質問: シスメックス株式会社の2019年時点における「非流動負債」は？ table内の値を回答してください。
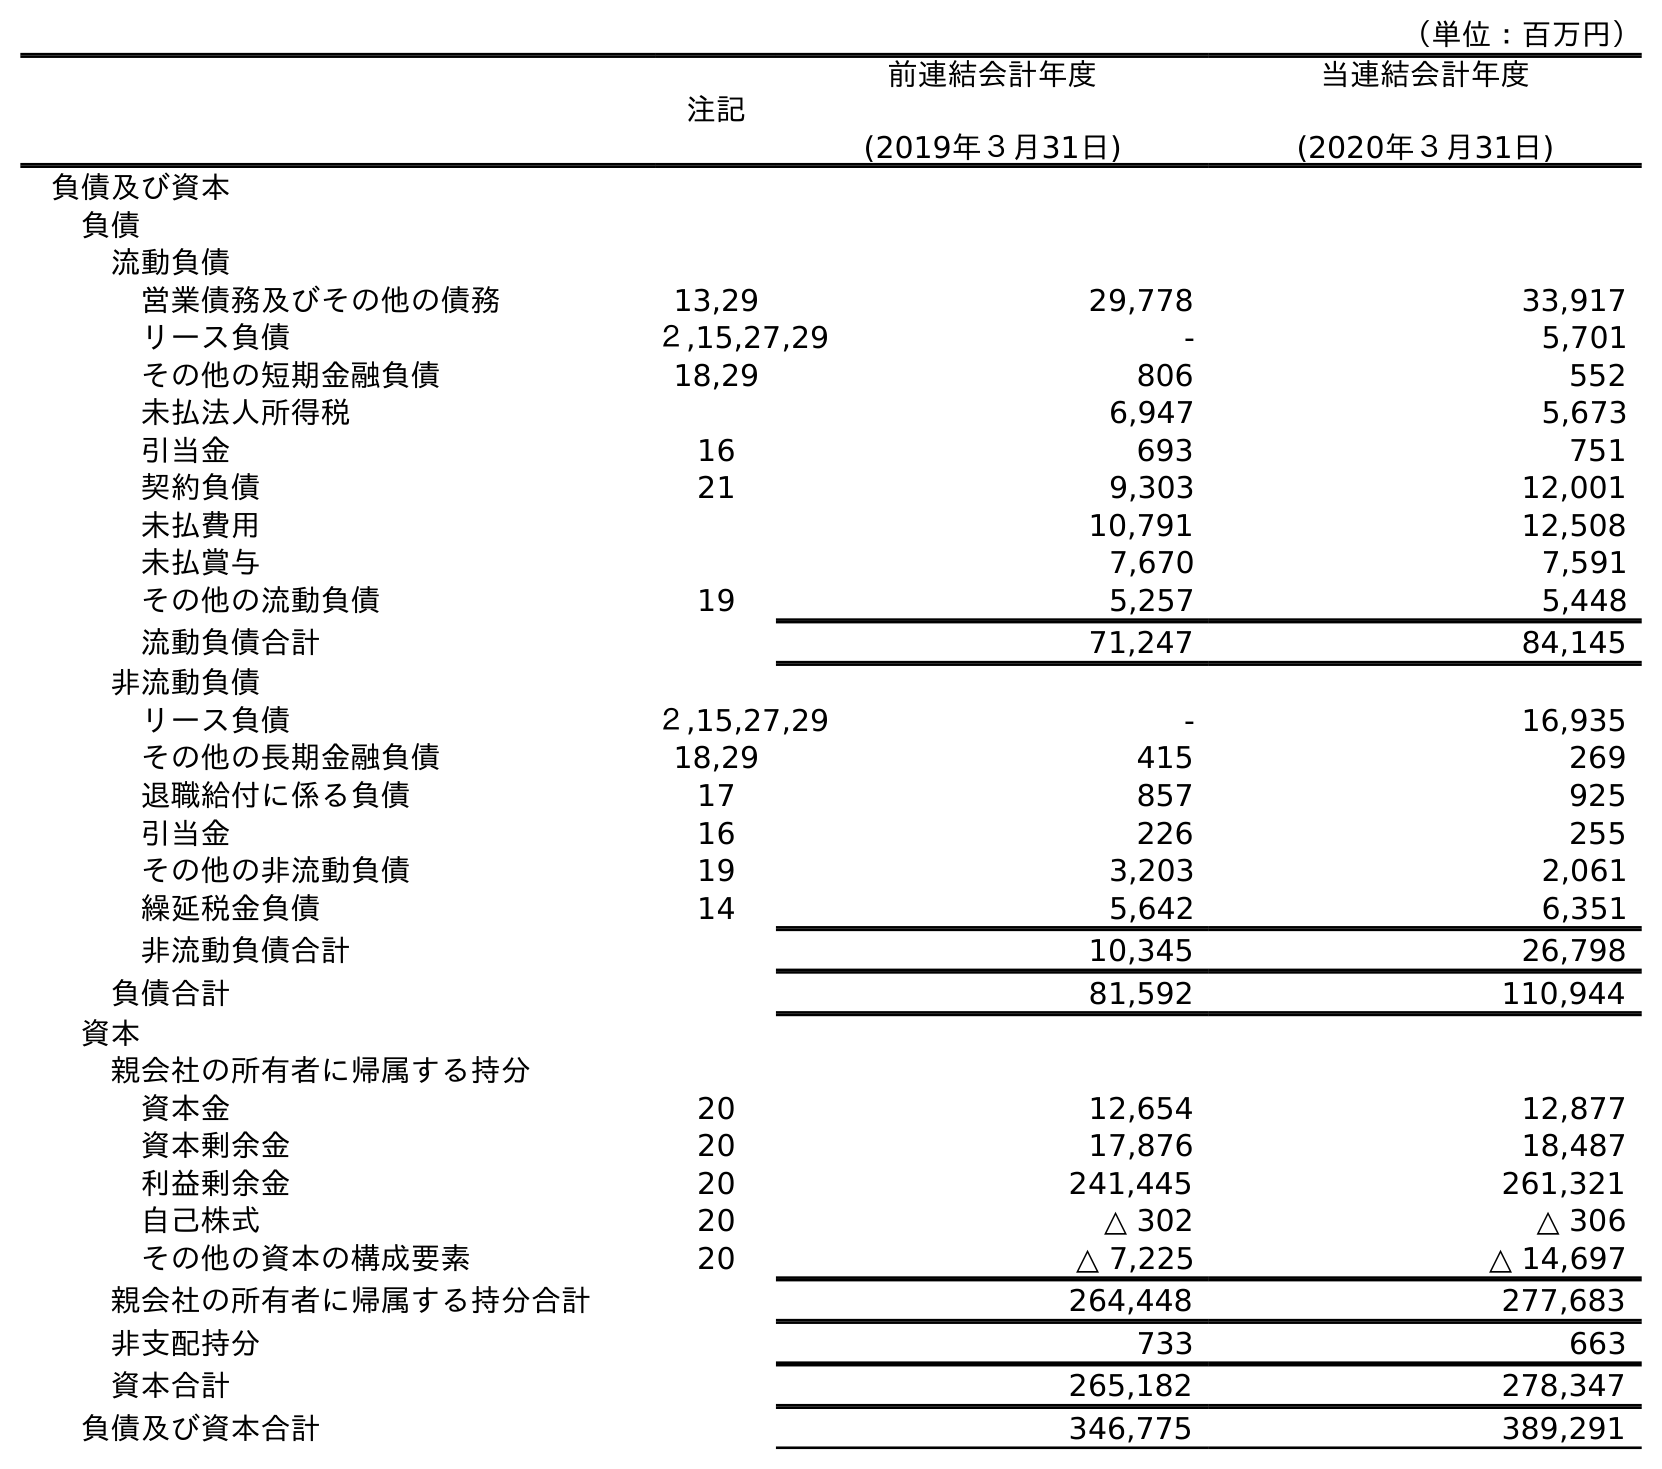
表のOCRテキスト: （単位：百万円） 注記 前連結会計年度 (2019年３月31日) 当連結会計年度 (2020年３月31日) 負債及び資本 負債 流動負債 営業債務及びその他の債務 13,29 29,778 33,917 リース負債 ２,15,27,29 - 5,701 その他の短期金融負債 18,29 806 552 未払法人所得税 6,947 5,673 引当金 16 693 751 契約負債 21 9,303 12,001 未払費用 10,791 12,508 未払賞与 7,670 7,591 その他の流動負債 19 5,257 5,448 流動負債合計 71,247 84,145 非流動負債 リース負債 ２,15,27,29 - 16,935 その他の長期金融負債 18,29 415 269 退職給付に係る負債 17 857 925 引当金 16 226 255 その他の非流動負債 19 3,203 2,061 繰延税金負債 14 5,642 6,351 非流動負債合計 10,345 26,798 負債合計 81,592 110,944 資本 親会社の所有者に帰属する持分 資本金 20 12,654 12,877 資本剰余金 20 17,876 18,487 利益剰余金 20 241,445 261,321 自己株式 20 △ 302 △ 306 その他の資本の構成要素 20 △ 7,225 △ 14,697 親会社の所有者に帰属する持分合計 264,448 277,683 非支配持分 733 663 資本合計 265,182 278,347 負債及び資本合計 346,775 389,291
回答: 10,345